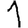
Digit: 1